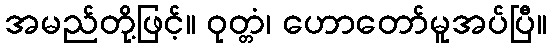
အမည်တို့ဖြင့်။ ဝုတ္တံ၊ ဟောတော်မူအပ်ပြီ။